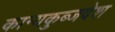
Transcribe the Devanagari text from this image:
कान्यकुब्जदेश